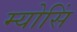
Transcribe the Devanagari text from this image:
म्योसिं